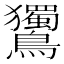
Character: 𪈌